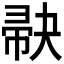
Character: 𪩺